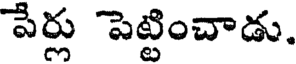
పేర్లు పెట్టించాడు.